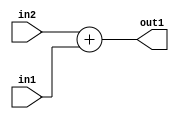
`timescale 1ps / 1ps
/*****************************************************************************
    Verilog RTL Description
    
    
    Created by: Stratus DpOpt 21.05.01 
*******************************************************************************/

module Filter_Add_32Ux9U_32U_4 (
	in2,
	in1,
	out1
	); /* architecture "behavioural" */ 
input [31:0] in2;
input [8:0] in1;
output [31:0] out1;
wire [31:0] asc001;

assign asc001 = 
	+(in2)
	+(in1);

assign out1 = asc001;
endmodule

/* CADENCE  ubH1SQE= : u9/ySxbfrwZIxEzHVQQV8Q== ** DO NOT EDIT THIS LINE ******/